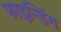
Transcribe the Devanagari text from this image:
फाइन्डिंग